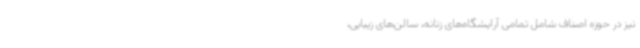
نیز در حوزه اصناف شامل تمامی آرایشگاه‌های زنانه، سالن‌های زیبایی،